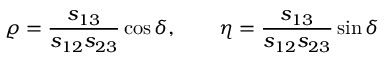
\varrho = \frac { s _ { 1 3 } } { s _ { 1 2 } s _ { 2 3 } } \cos \delta , \qquad \eta = \frac { s _ { 1 3 } } { s _ { 1 2 } s _ { 2 3 } } \sin \delta